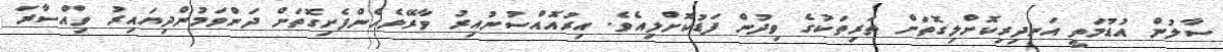
ސާލުން އުޑުމަތީ އަނދިރިކޮށްލިގޮތަށް ތަރިތަކުގެ ވިދުން ފަޑުކޮށްލިއެވެ. އިރުއޮއްސުނުއިރު ވާރޭވެހެންފެށިގޮތަށް ދަންވަމުންދިޔައިރު ވިއްސާރަ